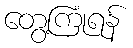
တွေ့ကြုံရန်